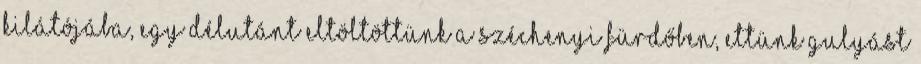
kilátójába, egy délutánt eltöltöttünk a Széchenyi Fürdőben, ettünk gulyást